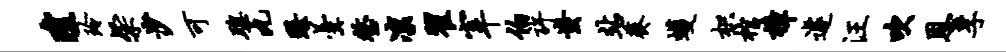
琼玲粲沙可聪丸臻羹整凛翟宰伯许蚩站葵蠖枳棺樟遽汪吹恩孚